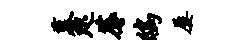
募咫蓐鸱屡